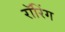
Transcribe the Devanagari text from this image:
रॉरिंग